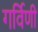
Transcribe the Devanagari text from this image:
गर्विणी